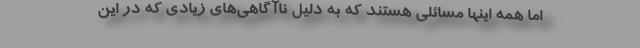
اما همه اینها مسائلی هستند که به دلیل ناآگاهی‌های زیادی که در این